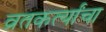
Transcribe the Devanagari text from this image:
व्रतकर्त्यांचा